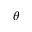
\theta